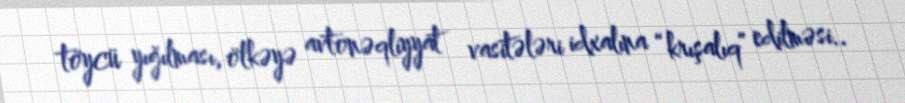
töycü yığılması, ölkəyə avtonəqliyyat vasitələri idxalına “krışalıq” edilməsi..